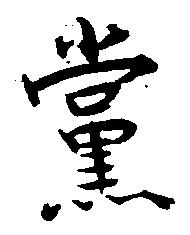
党